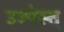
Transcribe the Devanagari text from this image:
उज्पेस्त्